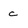
Character: c